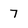
Character: 7